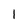
Character: 1